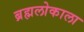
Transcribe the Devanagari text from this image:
ब्रह्मलोकाला